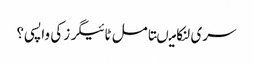
سری لنکا میںتامل ٹائیگرز کی واپسی؟